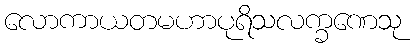
လောကာယတမဟာပုရိသလက္ခဏေသု